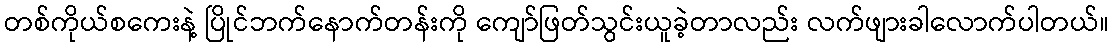
တစ်ကိုယ်စကေးနဲ့ ပြိုင်ဘက်နောက်တန်းကို ကျော်ဖြတ်သွင်းယူခဲ့တာလည်း လက်ဖျားခါလောက်ပါတယ်။